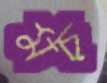
মচ্‌